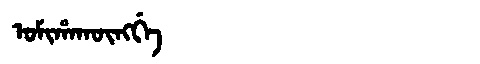
Manchu: ᠣᠮᡳᡥᠠᡴᡡᠩᡤᡝ
Romanization: OMIHAKŪNGGE